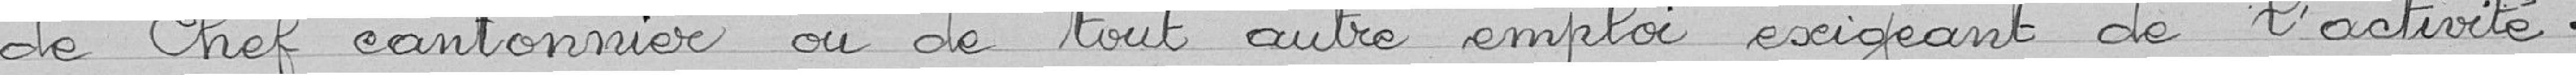
de chef cantonnier ou de tout autre emploi exigeant de l'activité.